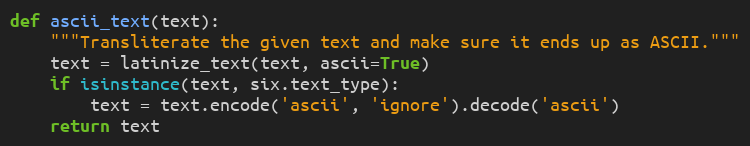
Language: Python
def ascii_text(text):
    """Transliterate the given text and make sure it ends up as ASCII."""
    text = latinize_text(text, ascii=True)
    if isinstance(text, six.text_type):
        text = text.encode('ascii', 'ignore').decode('ascii')
    return text